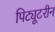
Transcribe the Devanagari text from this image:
पिट्यूटरीन